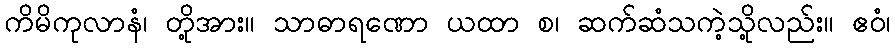
ကိမိကုလာနံ၊ တို့အား။ သာဓာရဏော ယထာ စ၊ ဆက်ဆံသကဲ့သို့လည်း။ ဧဝံ၊